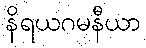
နိရယဂမနီယာ